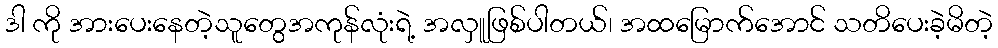
ဒါ ကို အားပေးနေတဲ့သူတွေအကုန်လုံးရဲ့ အလှူဖြစ်ပါတယ်၊ အထမြောက်အောင် သတိပေးခဲ့မိတဲ့